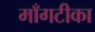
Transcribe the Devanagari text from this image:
माँगटीका